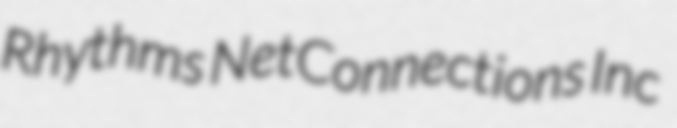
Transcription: Rhythms NetConnections Inc